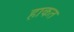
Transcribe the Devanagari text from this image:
हाकत